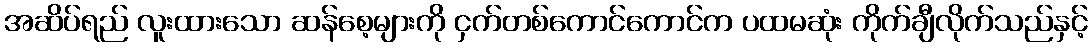
အဆိပ်ရည် လူးထားသော ဆန်စေ့များကို ငှက်တစ်ကောင်ကောင်က ပထမဆုံး ကိုက်ချီလိုက်သည်နှင့်